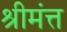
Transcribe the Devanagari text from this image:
श्रीमंत्त